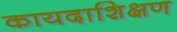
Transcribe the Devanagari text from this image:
कायदाशिक्षण